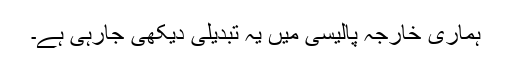
ہماری خارجہ پالیسی میں یہ تبدیلی دیکھی جارہی ہے۔